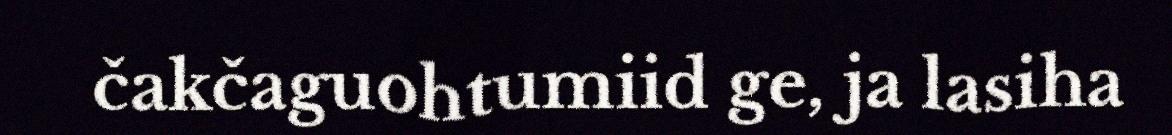
čakčaguohtumiid ge, ja lasiha